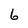
Character: 6